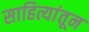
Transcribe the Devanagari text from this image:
साहित्यांतून